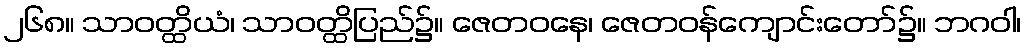
၂၆၈။ သာဝတ္ထိယံ၊ သာဝတ္ထိပြည်၌။ ဇေတဝနေ၊ ဇေတဝန်ကျောင်းတော်၌။ ဘဂဝါ၊